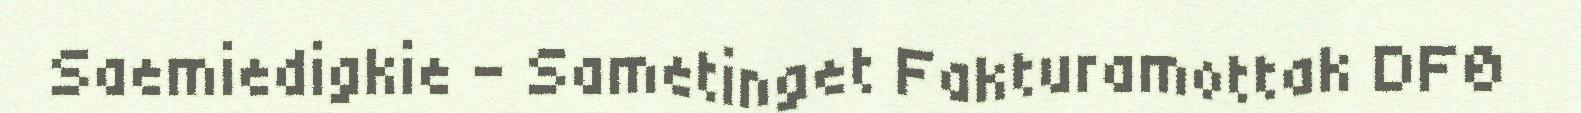
Saemiedigkie - Sametinget Fakturamottak DFØ